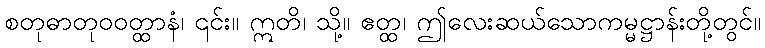
စတုဓာတုဝဝတ္ထာနံ၊ ၎င်း။ ဣတိ၊ သို့။ ဧတ္ထ၊ ဤလေးဆယ်သောကမ္မဋ္ဌာန်းတို့တွင်။